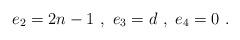
LaTeX: \begin{align*} e_2 = 2n-1~,~ e_3 = d~,~ e_4 = 0~. \end{align*}